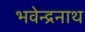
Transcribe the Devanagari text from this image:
भवेन्द्रनाथ